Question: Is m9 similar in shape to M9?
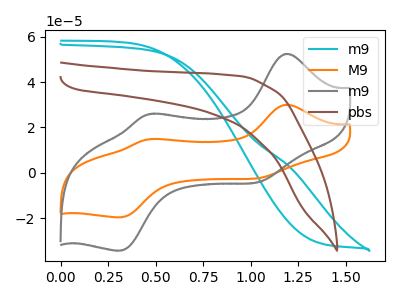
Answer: <think>The cyan curve "m9" has no peaks. The orange curve "M9" has anodic peaks at (1.20V, 30.00uA) (0.50V, 14.90uA) and cathodic peaks at (1.05V, -2.05uA) (0.30V, -19.60uA). The gray curve "m9" has anodic peaks at (1.20V, 52.45uA) (0.50V, 26.05uA) and cathodic peaks at (1.05V, -3.55uA) (0.30V, -34.25uA). The brown curve "pbs" has no peaks.
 All the peaks in "m9" have a peak in "M9" at the same potential. Every peak in "m9" is higher than every peak in "M9".</think>
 <answer>"m9" and "M9" are similar in shape.</answer>
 <eval>same_shape</eval>